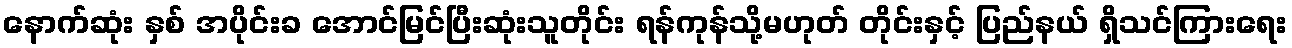
နောက်ဆုံး နှစ် အပိုင်းခ အောင်မြင်ပြီးဆုံးသူတိုင်း ရန်ကုန်သို့မဟုတ် တိုင်းနှင့် ပြည်နယ် ရှိသင်ကြားရေး